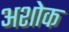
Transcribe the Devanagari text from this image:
अशोक